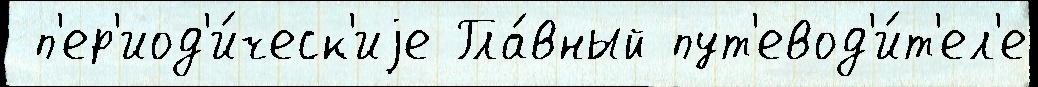
 п'ер'иод'и́ческ'иjе Гла́вный пут'евод'и́т'ел'е